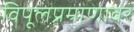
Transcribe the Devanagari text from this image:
विपूलप्रमाणावर